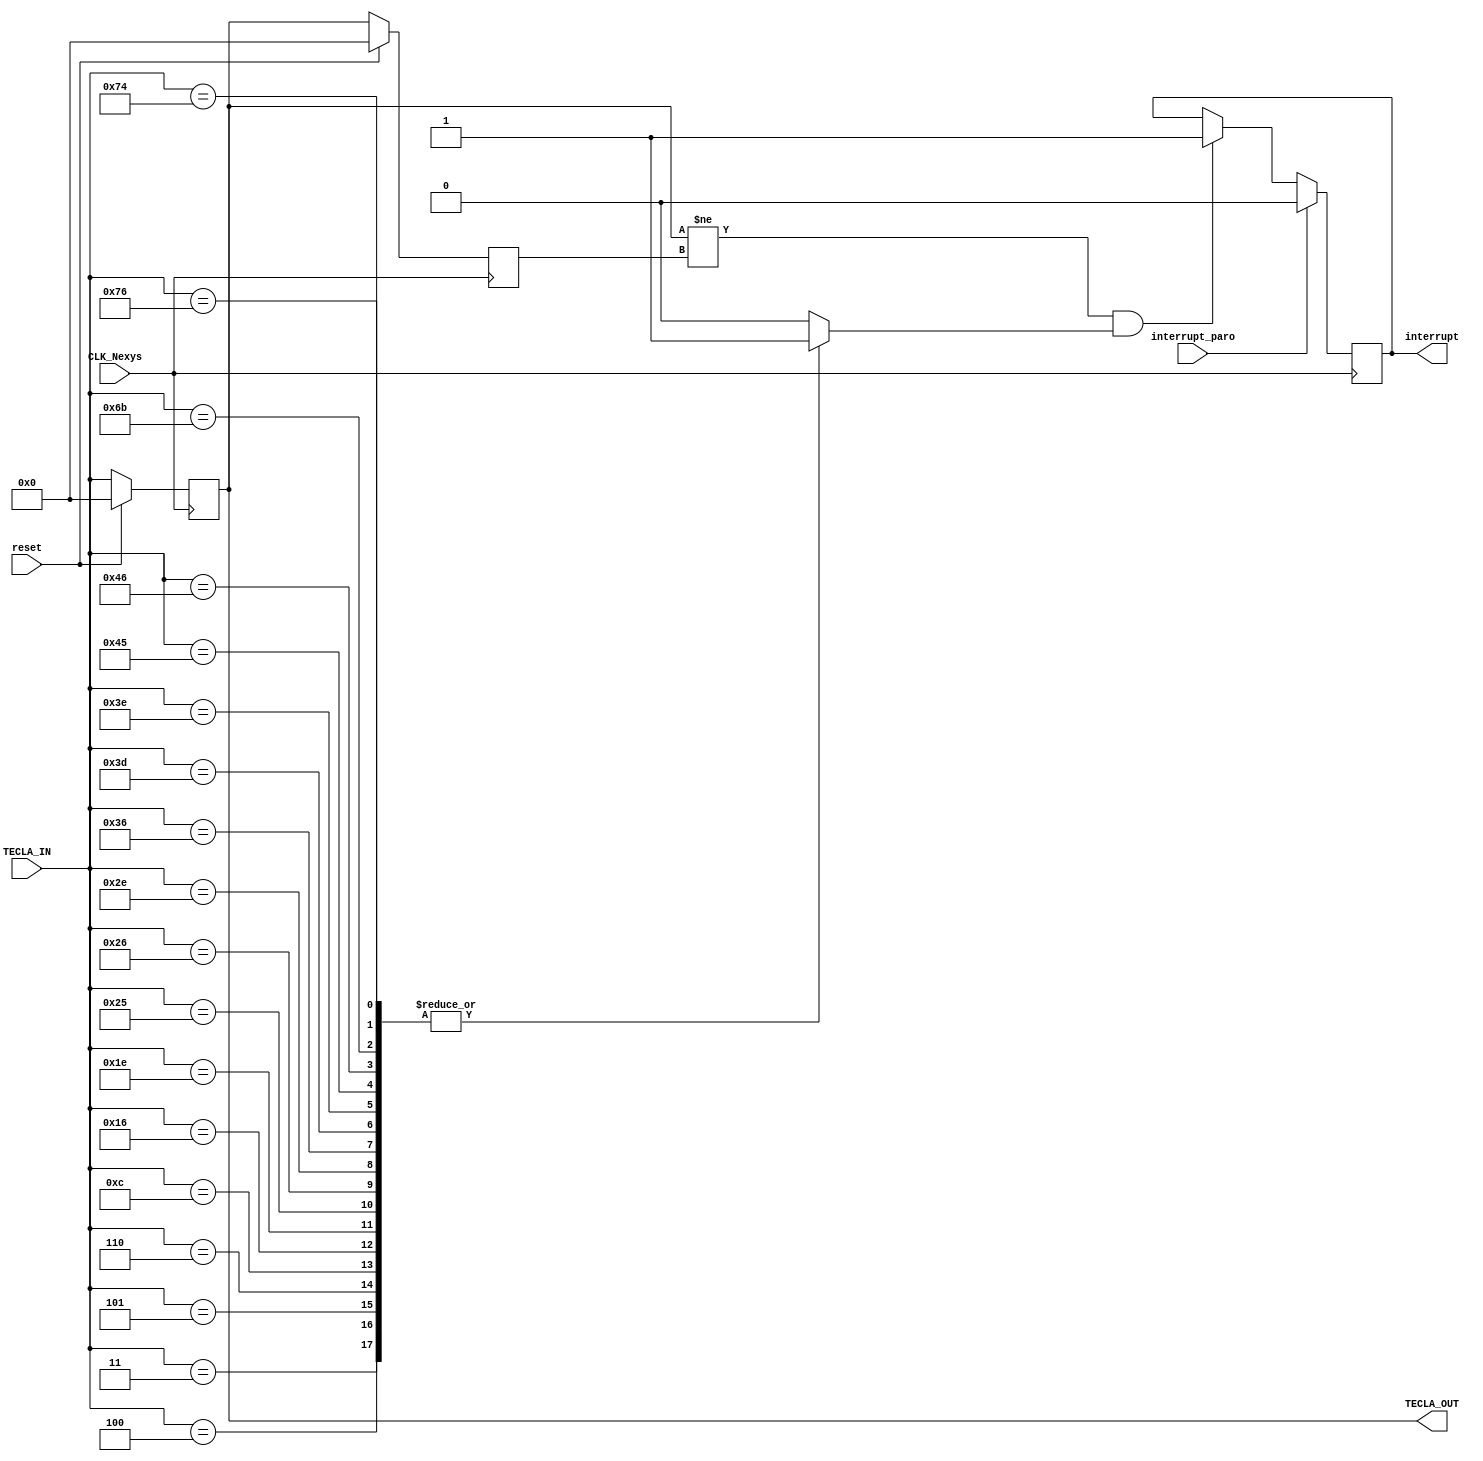
`timescale 1ns / 1ps
//////////////////////////////////////////////////////////////////////////////////
// Company: 
// Engineer: 
// 
// Design Name: 
// Module Name:    Decodificador_tecla 
// Project Name: 
// Target Devices: 
// Tool versions: 
// Description: 
//
// Dependencies: 
//
// Revision: 
// Revision 0.01 - File Created
// Additional Comments: 
//
//////////////////////////////////////////////////////////////////////////////////
module Decodificador_tecla(
    input reset, CLK_Nexys,
	 input [7:0] TECLA_IN,
	 input interrupt_paro,
	 output [7:0] TECLA_OUT,
	 output reg interrupt
	 );
	 
	 reg tecla_correcta;
	 reg [7:0] tecla_ant;
	 reg [7:0] tecla_sig;
	 
	 always @*
	 begin
		case (TECLA_IN)
			8'h03: tecla_correcta=1'b1; //F5
			8'h04: tecla_correcta=1'b1; //F3
			8'h05: tecla_correcta=1'b1; //F1
			8'h06: tecla_correcta=1'b1; //F2
			8'h0c: tecla_correcta=1'b1; //F4
			8'h16: tecla_correcta=1'b1; //1
			8'h1e: tecla_correcta=1'b1; //2
			8'h25: tecla_correcta=1'b1; //4
			8'h26: tecla_correcta=1'b1; //3
			8'h2e: tecla_correcta=1'b1; //5
			8'h36: tecla_correcta=1'b1; //6
			8'h3d: tecla_correcta=1'b1; //7
			8'h3e: tecla_correcta=1'b1; //8
			8'h45: tecla_correcta=1'b1; //0
			8'h46: tecla_correcta=1'b1; //9
			8'h6b: tecla_correcta=1'b1; //?
			8'h74: tecla_correcta=1'b1; //?
			8'h76: tecla_correcta=1'b1; //ESC
			default:  tecla_correcta=1'b0; 
		endcase
	 end
	 //Flip-Flop tipo D para ingresar el dato y mantenerlo un ciclo de reloj
	 always @(posedge CLK_Nexys)
	 begin
      if (reset) tecla_ant <= 8'h00;
      else tecla_ant <= TECLA_IN;
	 end
	 always @(posedge CLK_Nexys)
	 begin
	 	if (reset) tecla_sig <= 8'h00;
	 	else tecla_sig <= tecla_ant;
	 end
	 
	 always @ (posedge CLK_Nexys)
	 begin
		if (interrupt_paro) interrupt <= 1'b0;
		else if ((tecla_ant != tecla_sig) && tecla_correcta) interrupt <= 1'b1;  // Son diferentes para evitar que se manden interrupts a cada rato
	 end
	 
	 assign TECLA_OUT = tecla_ant;
	 
endmodule